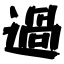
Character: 過